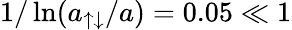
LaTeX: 1/\ln(a_{\uparrow\downarrow}/a)=0.05\ll 1